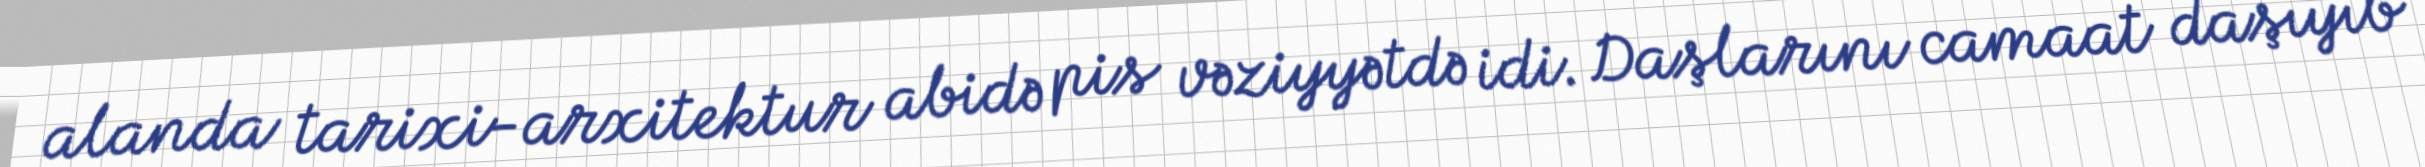
alanda tarixi-arxitektur abidə pis vəziyyətdə idi. Daşlarını camaat daşıyıb